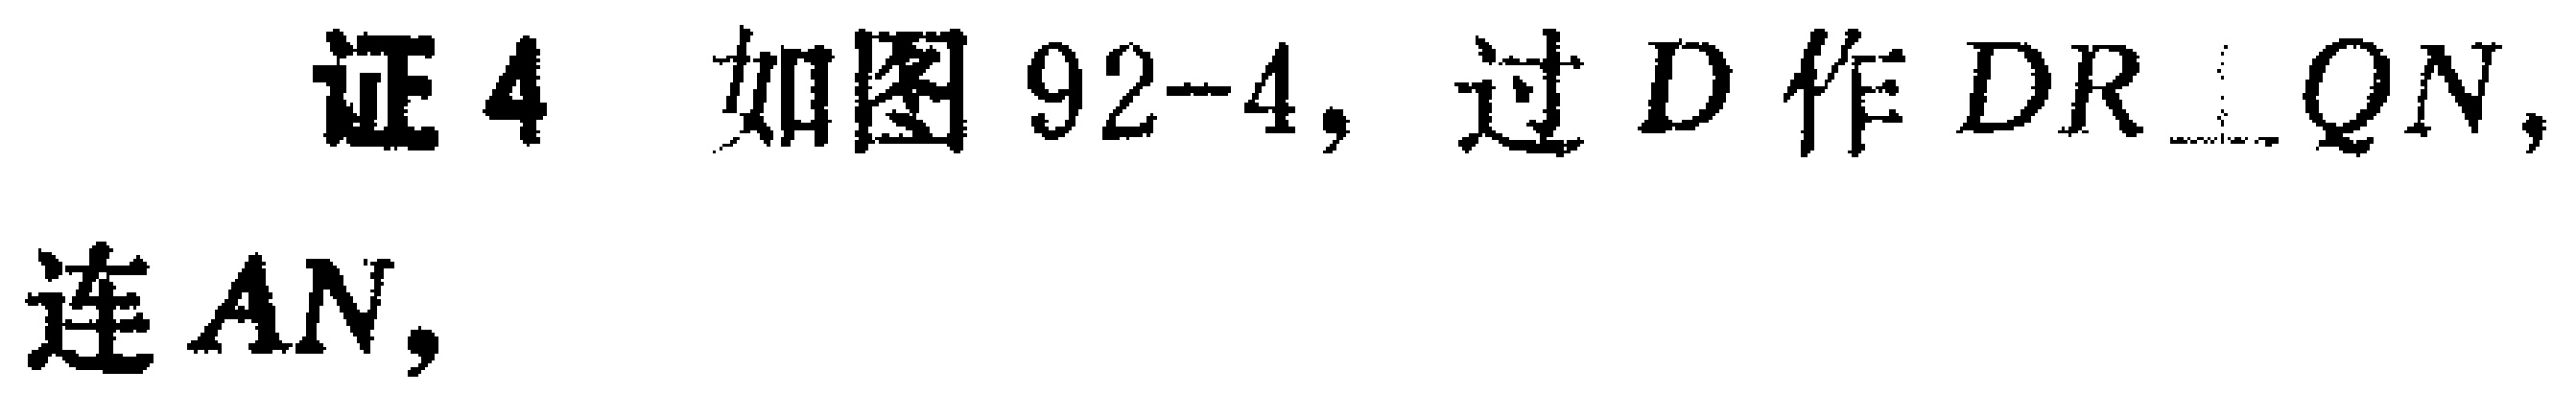
证4 如图92-4，过\(D\)作\(DR\perp QN\)，连\(AN\)，